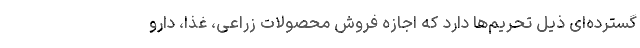
گسترده‌ای ذیل تحریم‌ها دارد که اجازه فروش محصولات زراعی، غذا، دارو